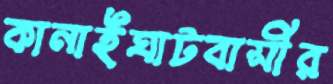
কানাইঘাটবাসীর